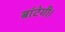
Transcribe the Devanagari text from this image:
बांटेगी।